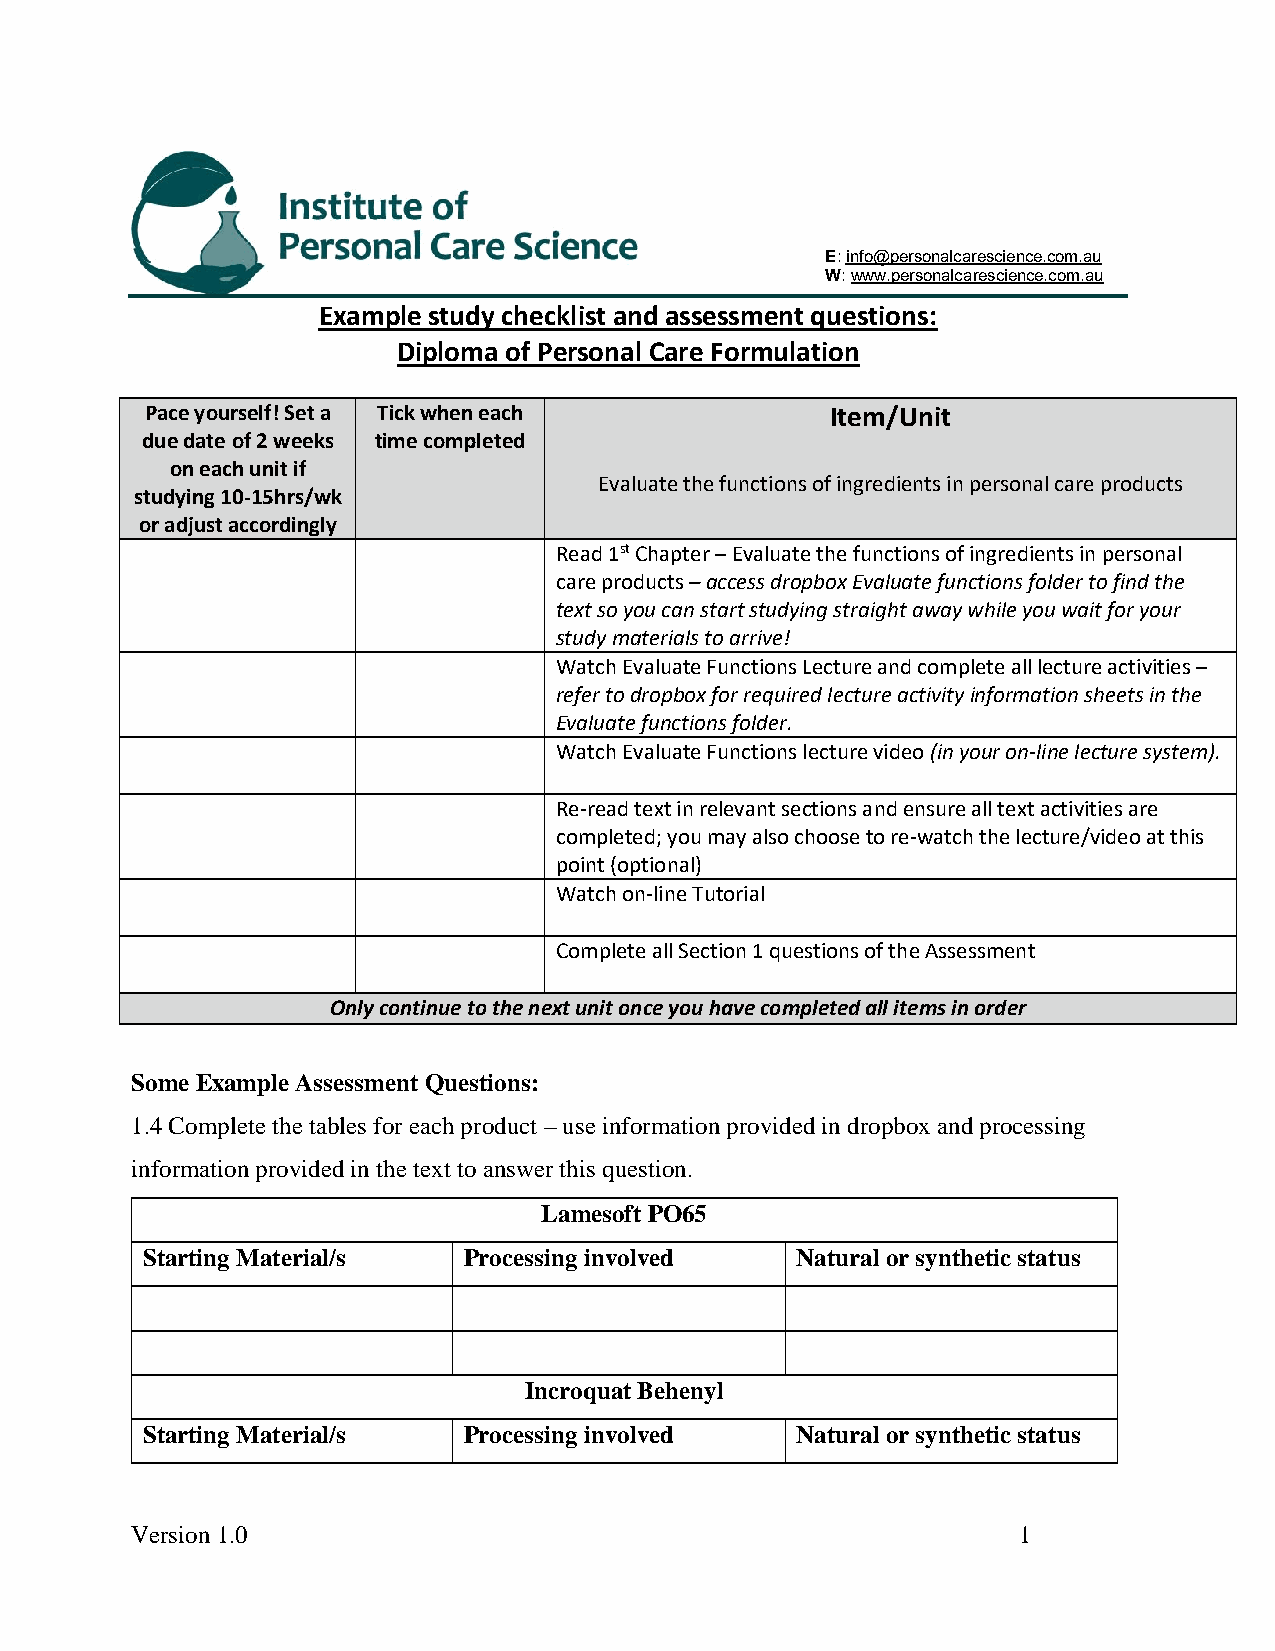
E: info@personalcarescience.com.au
 W: www.personalcarescience.com.au
 Example study checklist and assessment questions:
 Diploma of Personal Care Formulation
 Pace yourself! Set a Tick when each          Item/Unit
 due date of 2 weeks time completed
 on each unit if
 Evaluate the functions of ingredients in personal care products
 studying 10-15hrs/wk
 or adjust accordingly
 Read 1st Chapter – Evaluate the functions of ingredients in personal
 care products – access dropbox Evaluate functions folder to find the
 text so you can start studying straight away while you wait for your
 study materials to arrive!
 Watch Evaluate Functions Lecture and complete all lecture activities –
 refer to dropbox for required lecture activity information sheets in the
 Evaluate functions folder.
 Watch Evaluate Functions lecture video (in your on-line lecture system).
 Re-read text in relevant sections and ensure all text activities are
 completed; you may also choose to re-watch the lecture/video at this
 point (optional)
 Watch on-line Tutorial
 Complete all Section 1 questions of the Assessment
 Only continue to the next unit once you have completed all items in order
 Some Example Assessment Questions:
 1.4 Complete the tables for each product – use information provided in dropbox and processing
 information provided in the text to answer this question.
 Lamesoft PO65
 Starting Material/s   Processing involved   Natural or synthetic status
 Incroquat Behenyl
 Starting Material/s   Processing involved   Natural or synthetic status
 Version 1.0                                               1